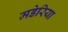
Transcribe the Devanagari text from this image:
मडेरिया